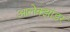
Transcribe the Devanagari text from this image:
आलेक्झांडर